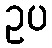
ဥပ